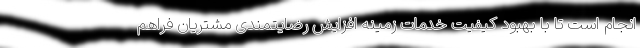
انجام است تا با بهبود کیفیت خدمات زمینه افزایش رضایتمندی مشتریان فراهم